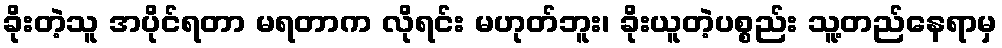
ခိုးတဲ့သူ အပိုင်ရတာ မရတာက လိုရင်း မဟုတ်ဘူး၊ ခိုးယူတဲ့ပစ္စည်း သူ့တည်နေရာမှ